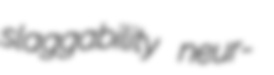
slaggability neur-